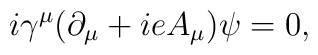
i{\gamma}^{\mu}({\partial}_{\mu}+ieA_{\mu}){\psi}=0,